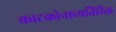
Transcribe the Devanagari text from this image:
काटकोनाव्यतिरिक्त